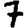
Digit: 7